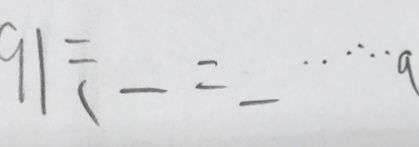
9 1 \div \_ = \_ \cdots a